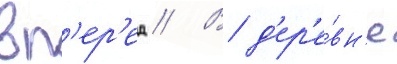
вп'ер'ед // В д'ер'е́вн'е